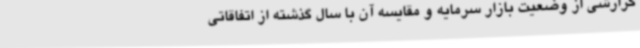
گزارشی از وضعیت بازار سرمایه و مقایسه آن با سال گذشته از اتفاقاتی